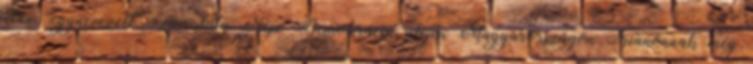
utáni úgynevezett Szocialista Népi Demokrácia idején Magyarországon Trianonnak még